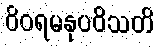
ဝိဝရမနုပဝိသတိ